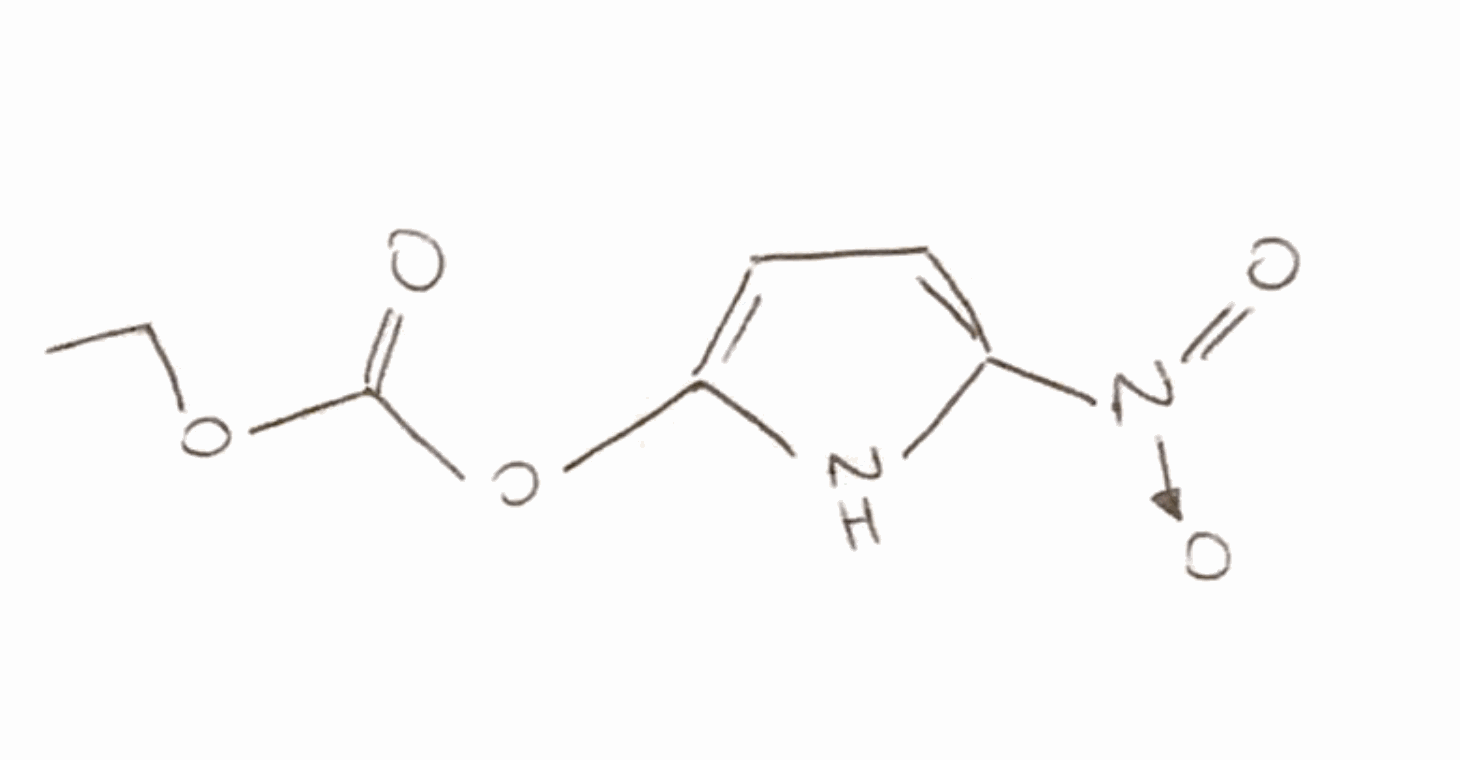
Simplified molecular-input line-entry system (SMILES) notation of the given molecule:
CCOC(=O)OC1=CC=C(N1)[N+](=O)[O-]